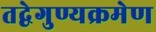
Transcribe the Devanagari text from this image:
तद्वेगुण्यक्रमेण